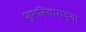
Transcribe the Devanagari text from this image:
शुभविचाराच्या